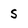
Character: s